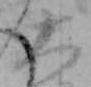
大